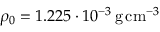
\rho _ { 0 } = 1 . 2 2 5 \cdot { } 1 0 ^ { - 3 } \, \mathrm { g \, c m } ^ { - 3 }